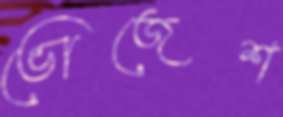
ভোজেশ